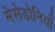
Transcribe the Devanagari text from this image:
मेसेडोनियाँ